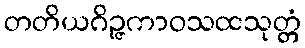
တတိယဂိဉ္ဇကာဝသထသုတ္တံ